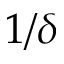
1 / \delta